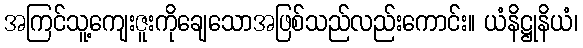
အကြင်သူ့ကျေးဇူးကိုချေသောအဖြစ်သည်လည်းကောင်း။ ယံနိဋ္ဌုနိယံ၊